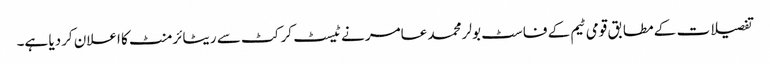
تفصیلات کے مطابق قومی ٹیم کے فاسٹ بولر محمد عامر نے ٹیسٹ کرکٹ سے ریٹائرمنٹ کا اعلان کردیا ہے۔